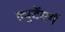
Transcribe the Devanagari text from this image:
ल्युटेंबर्ग